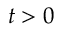
t > 0